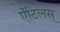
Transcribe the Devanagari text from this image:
ऍंटिलस्‌